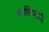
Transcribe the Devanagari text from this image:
शालिनीने